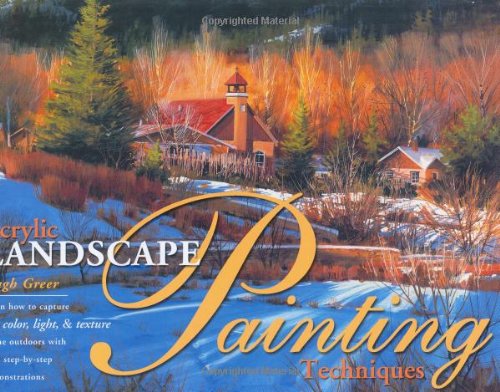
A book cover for Acrylic Landscape Painting Techniques; Hugh Greer; Arts & Photography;